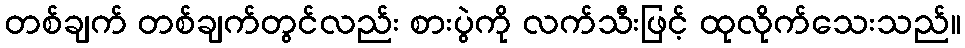
တစ်ချက် တစ်ချက်တွင်လည်း စားပွဲကို လက်သီးဖြင့် ထုလိုက်သေးသည်။